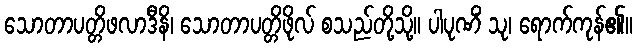
သောတာပတ္တိဖလာဒီနိ၊ သောတာပတ္တိဖိုလ် စသည်တို့သို့။ ပါပုဏိံ သု၊ ရောက်ကုန်၏။